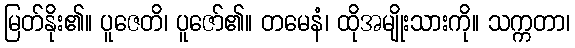
မြတ်နိုး၏။ ပူဇေတိ၊ ပူဇော်၏။ တမေနံ၊ ထိုအမျိုးသားကို။ သက္ကတာ၊